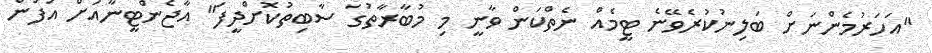
"އަހަރުމެންނަށް ބަލިނުކުރެވޭނެ ޓީމެއް ނެތްކަން ވާނީ މި މުބާރާތުގަ ސާބިތުކޮށްދީފަ" އާޖެންޓީނާއަށް އުފަން